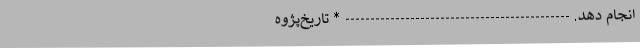
انجام دهد. --------------------------------------------- * تاریخ‌پژوه